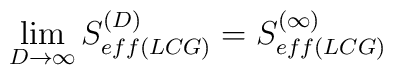
\lim_{D\rightarrow\infty}S_{eff(LCG)}^{(D)}=S_{eff(LCG)}^{(\infty)}